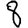
Digit: 8